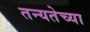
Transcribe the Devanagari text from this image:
तन्यतेच्या